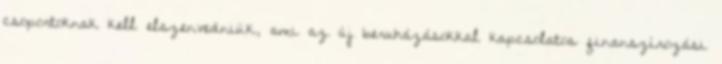
csoportoknak kell elszenvedniük, ami az új beruházásokkal kapcsolatos finanszírozási